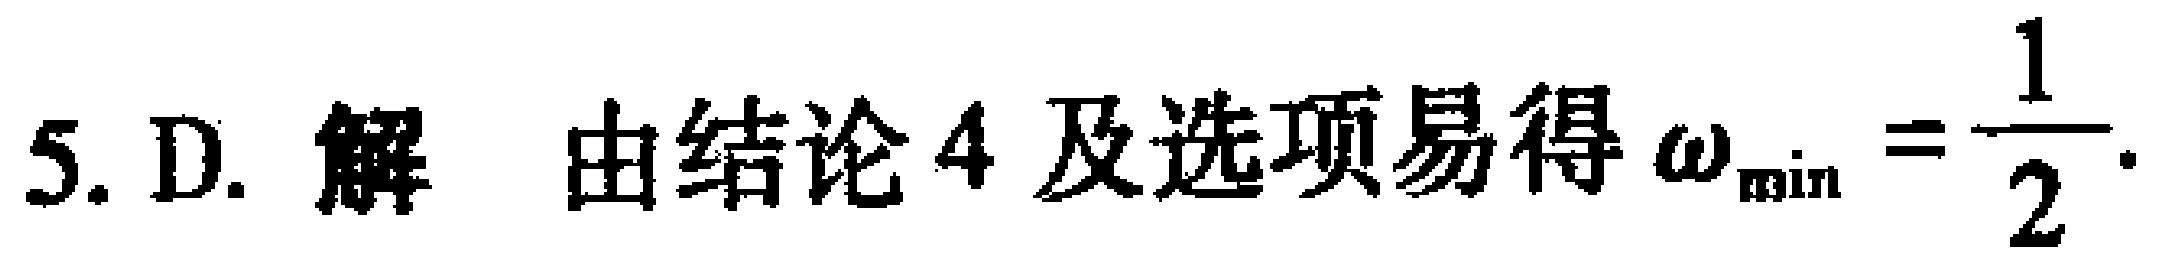
5. D. 解 由结论4及选项易得\(\omega_{\min}=\dfrac{1}{2}\).